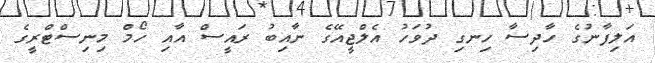
އަލިފާނުގެ ހާދިސާ ހިނގި ދުވަހު އެލްޖީއޭގެ ނާއިބު ރައީސް އާއި ހޯމް މިނިސްޓްރީގެ